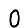
Digit: 0